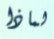
لماذا